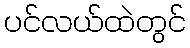
ပင်လယ်ထဲတွင်